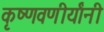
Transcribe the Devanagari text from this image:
कृष्णवणीर्यांनी